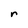
Character: r